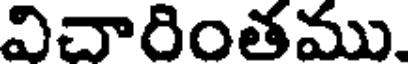
విచారింతము.